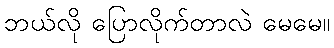
ဘယ်လို ပြောလိုက်တာလဲ မေမေ။